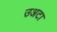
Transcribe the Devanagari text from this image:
उअटा